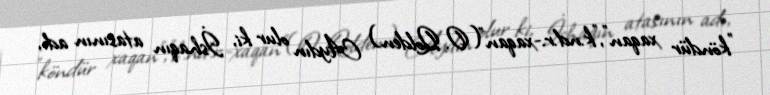
"köndür xaqan","k.nd.r.-xaqan"(O. Qolden) Aydın olur ki, İshaqın atasının adı,